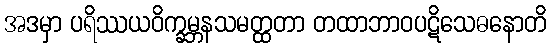
အဒမှာ ပရိဿယဝိက္ခမ္ဘနသမတ္ထတာ တထာဘာဝပဋိသေဓနောတိ